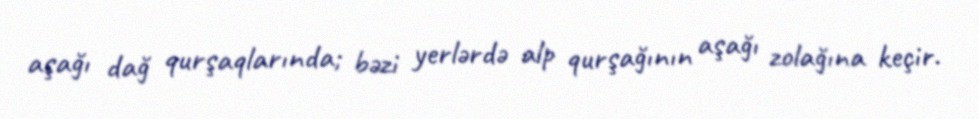
aşağı dağ qurşaqlarında; bəzi yerlərdə alp qurşağının aşağı zolağına keçir.